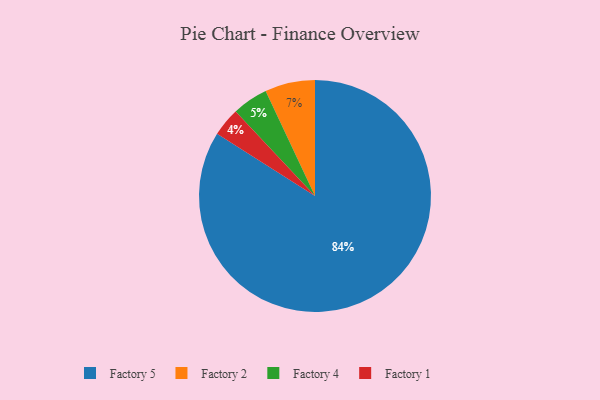
{"axis": {"x": "Category", "y": "Percentage"}, "legend": ["Factory 1", "Factory 2", "Factory 4", "Factory 5"], "data": [{"x": "Factory 2", "y": 7, "type": "Factory 2"}, {"x": "Factory 1", "y": 4, "type": "Factory 1"}, {"x": "Factory 4", "y": 5, "type": "Factory 4"}, {"x": "Factory 5", "y": 84, "type": "Factory 5"}]}